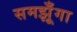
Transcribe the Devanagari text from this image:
समझूँगा